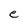
Character: e